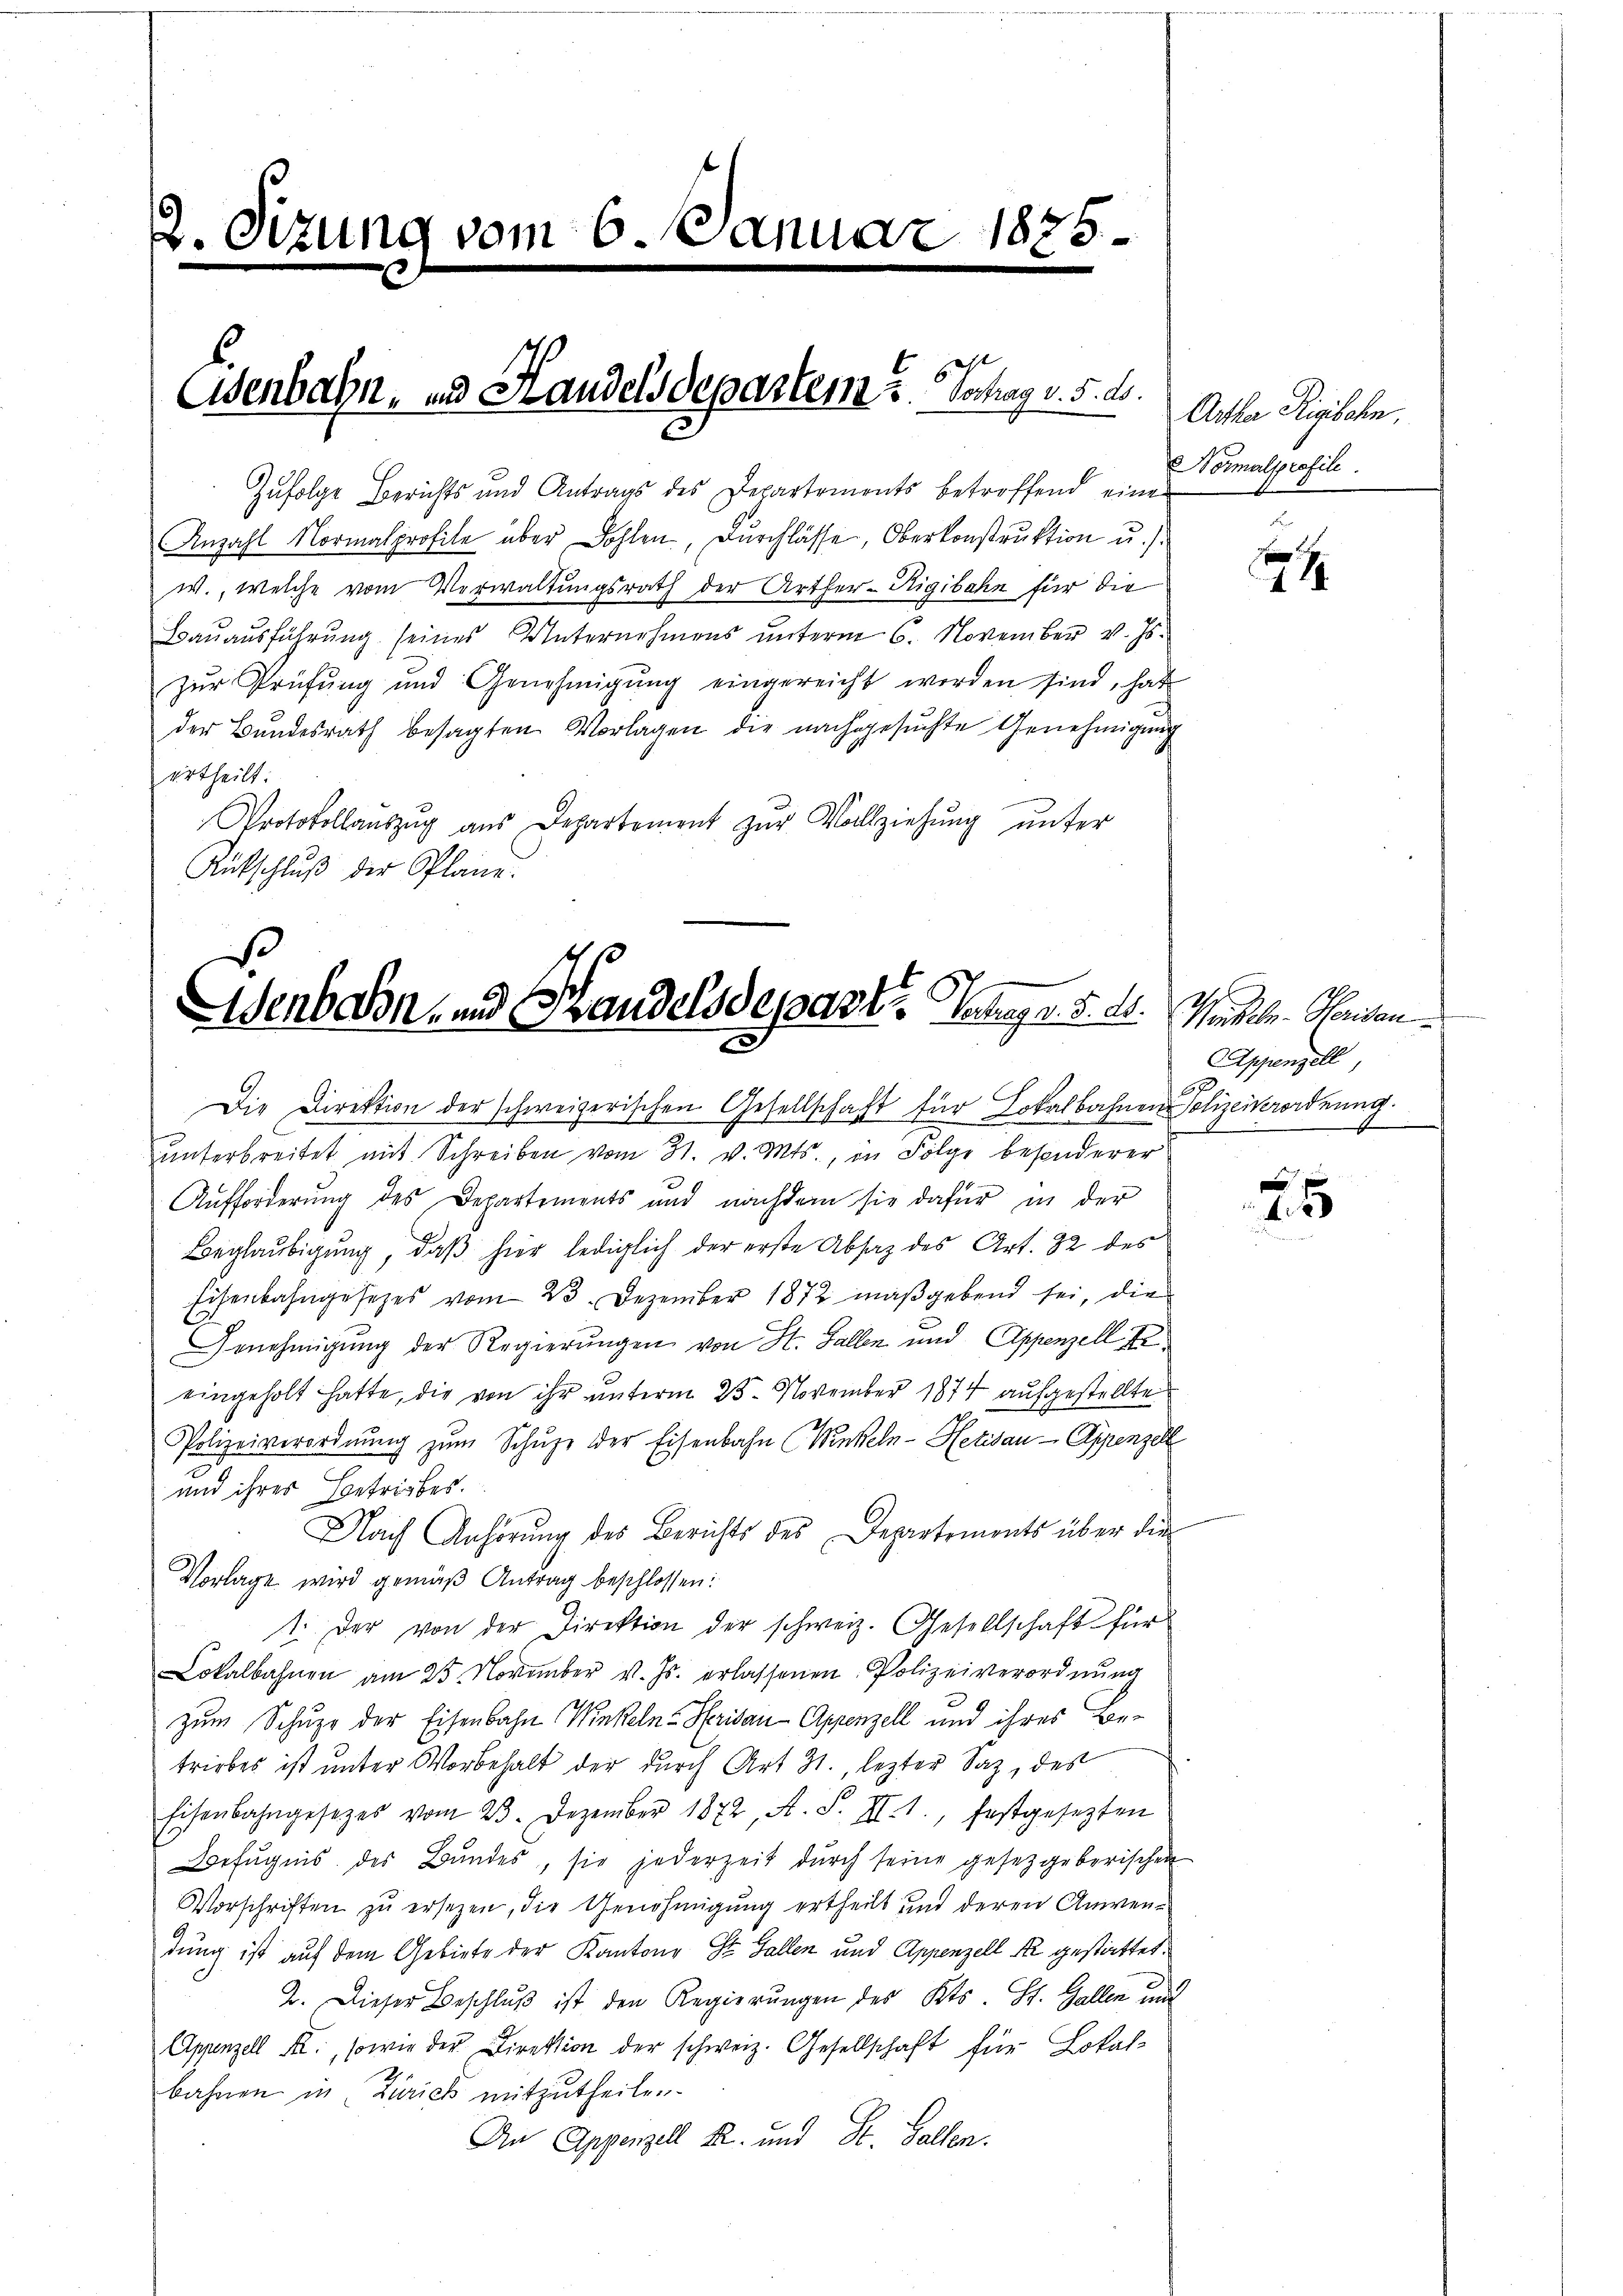
2. Sizung vom 6. Manne

Osenbahn, und Handelsdepartem u. Schag v. 5. ds.

Zufolge Berichts und Antrags des Departements betroffend eine
Anzahl Normalprofile über Dohlen, Durchlasse, Oberkonstruktion u. s.
w., welche vom Verwaltungsrath der Arther-Rigibahn für die
Baŭaŭsführŭng seines Unternehmens ŭnterm 6. November v. Js.
zur Prüfung und Genehmigŭng eingereicht werden sind, hat
der Bŭndesrath besagten Vorlagen die nachgesŭchte Genehmigung
urtheilt.
Protokollaŭszŭg aŭs Departement zŭr Vollziehŭng ŭnter
Rütschluß der Pläne.

2

1885.

Asenbeson- und Handelsdeparte Seegr. 5. d.

Die Direktion der schweizerischen Gesellschaft für Lokalbahnen Polizeiverordnung.
ŭnterbreitet mit Schreiben vom 31. v. Mts., in Folge besonderer
Aufforderung des Departements und nachdem sie dafür in der
Beglaŭbigŭng, daβ hier lediglich der erste Absaz des Art. 32 des
Eisenbahngesetzes vom 23. Dezember 1872 maßgebend sei, die
Genehmigung der Regierungen von H. Fallen und Appenzell te
eingeholt hatte, die von ihr unterm 25. November 1874 aufgestellte
Polizeiverordnŭng zŭm Schŭpe der Eisenbahn Winkeln-Hetisau-Appenzell
und ihres Betriebes.
Nach Anhörung des Berichts des Departements über die
Vorlage wird gemäß Antrag beschlossen:
1. Der von der Direktion der schweiz. Gesellschaft für
Lokalbahnen am 25. November v. Js. erlassenen Polizeiverordnŭng
zum Schuze der Eisenbahn Winkeln-Herisau-Appenzell und ihres Be-
triebes ist unter Vorbehalt der durch Art. 31., lezter Saz, des
Eisenbahngesezes vom 23. Dezember 1872, A. S. II. 1., festgesezten
Befugnis des Bŭndes, sie jederzeit dŭrch seine gesetzgeberischen
Vorschriften zu ersezen, die Genehmigung ertheilt und deren Anwendung ist auf dem Gebiete der Kantons St. Gallen und Appenzell A. gestattet.
2. Dieser Beschlŭβ ist den Regierŭngen des Kts. St. Gallen und
Appenzell II., sowie der Direktion der schweiz. Gesellschaft für Lokal
bahnen in Zürich mitzutheilen.
An Appenzell A. und St. Gallen.

Arta Rigischen,
Normalprofile.

Winkele Parisan
Appenzell,

a